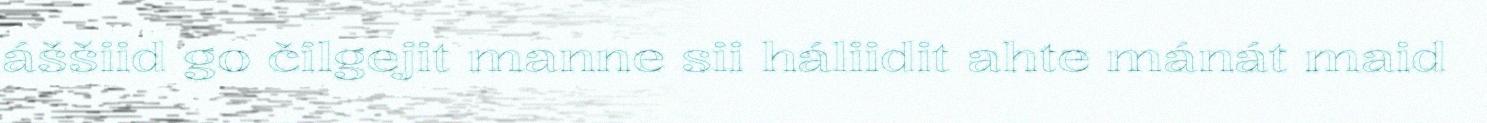
áššiid go čilgejit manne sii háliidit ahte mánát maid